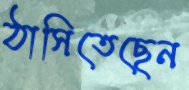
ঠাসিতেছেন